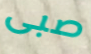
صبى